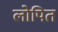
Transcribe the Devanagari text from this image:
लोपित